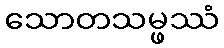
သောတသမ္ဖဿံ